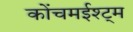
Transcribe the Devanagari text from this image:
कोंचमईश्ट्म